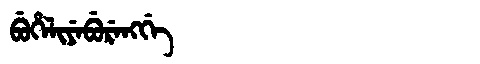
Manchu: ᠪᡠᡥᡝᠯᡳᠶᡝᠪᡠᡵᡝᠩᡤᡝ
Romanization: BUHELIYEBURENGGE